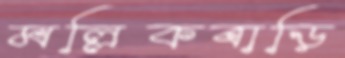
মল্লিকবাড়ি